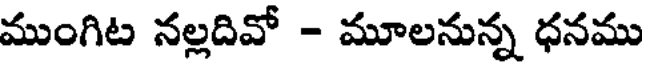
ముంగిట నల్లదివో - మూలనున్న ధనము